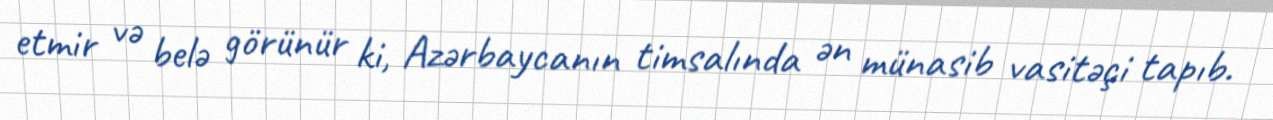
etmir və belə görünür ki, Azərbaycanın timsalında ən münasib vasitəçi tapıb.